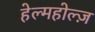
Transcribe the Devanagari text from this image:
हेल्महोल्ज़